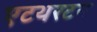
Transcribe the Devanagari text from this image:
एटथरटन